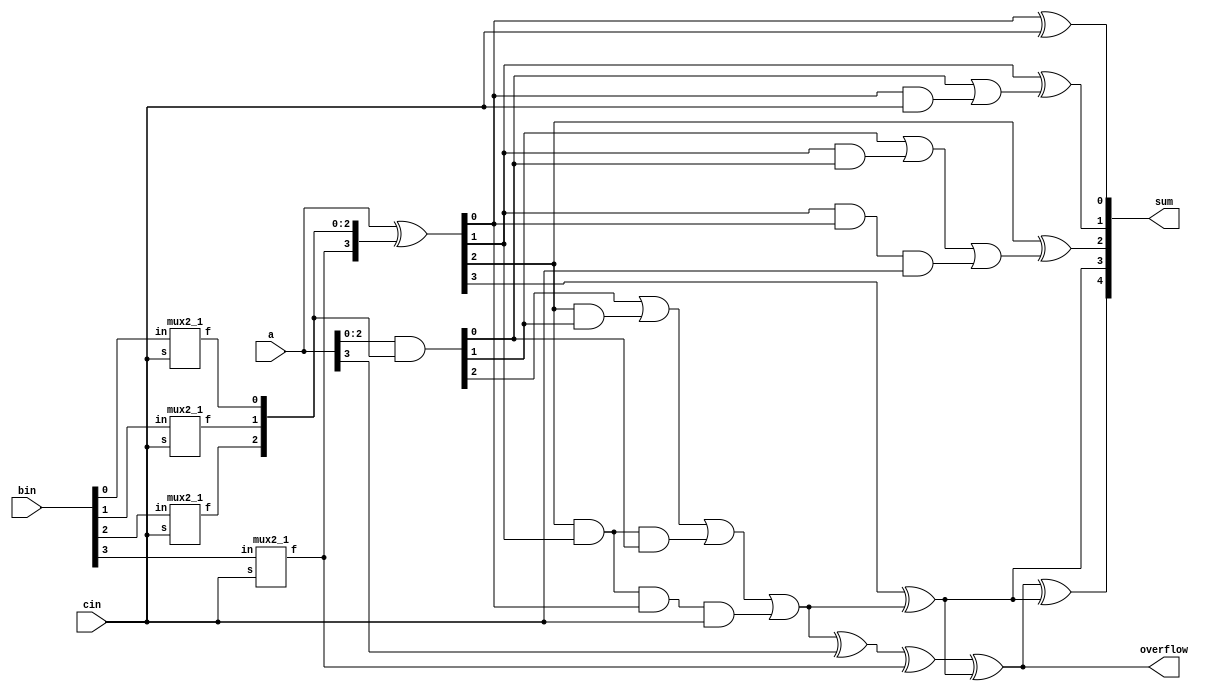
`timescale 1ns / 1ps
//////////////////////////////////////////////////////////////////////////////////
// Company: 
// Engineer: 
// 
// Design Name: 
// Module Name:    four_bit_cla 
// Project Name: 
// Target Devices: 
// Tool versions: 
// Description: 
//
// Dependencies: 
//
// Revision: 
// Revision 0.01 - File Created
// Additional Comments: 
//
//////////////////////////////////////////////////////////////////////////////////
module four_bit_cla(sum, overflow, a, bin, cin);

wire [3:0] bout, c, p, g;
output [4:0] sum;
output overflow;
input [3:0] a, bin;
input cin;


mux2_1 mux0 (bout[0], bin[0], cin);
mux2_1 mux1 (bout[1], bin[1], cin);
mux2_1 mux2 (bout[2], bin[2], cin);
mux2_1 mux3 (bout[3], bin[3], cin);
assign g = a&bout;
assign p = a^bout;
assign c[0] = cin;
assign c[1] = g[0] | p[0]&c[0];
assign c[2] = g[1] | p[1]&g[0] | p[1]&p[0]&c[0];
assign c[3] = g[2] | p[2]&g[1] | p[2]&p[1]&g[0] | p[2]&p[1]&p[0]&c[0];
//assign overflow = g[3] | p[3]&g[2] | p[3]&p[2]&g[1] | p[3]&p[2]&p[1]&g[0] | p[3]&p[2]&p[1]&p[0]&c[0];

assign sum[0] = p[0]^c[0];
assign sum[1] = p[1]^c[1];
assign sum[2] = p[2]^c[2];
assign sum[3] = p[3]^c[3];
assign overflow = c[3]^a[3]^bout[3]^sum[3];
assign sum[4] = overflow^sum[3];
endmodule

module mux2_1 (f,in,s);

	output f;
	input s;
	input in;
	assign f = s ? ~in:in;
	
endmodule